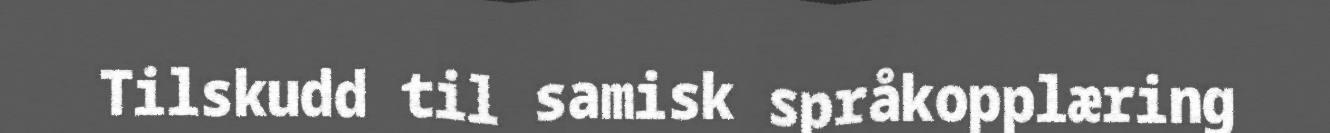
Tilskudd til samisk språkopplæring